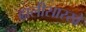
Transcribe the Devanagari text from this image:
ढालीसारखे